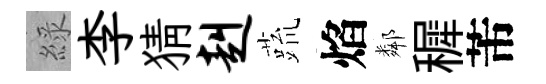
綠李猜赳蔬焰鄰穉芾